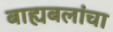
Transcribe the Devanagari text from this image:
बाह्यबलांचा